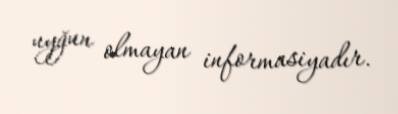
uyğun olmayan informasiyadır.